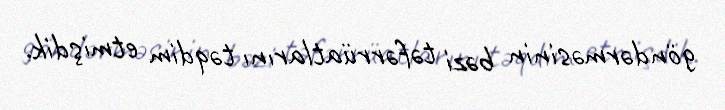
göndərməsinin bəzi təfərrüatlarını təqdim etmişdik.